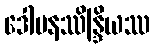
ဒေါမနဿိန္ဒြိယဿ